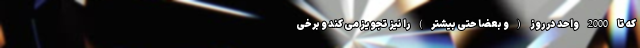
که تا 2000 واحد در روز (و بعضاً حتی بیشتر) را نیز تجویز می کند و برخی